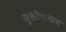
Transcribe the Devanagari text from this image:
सुशोभनात